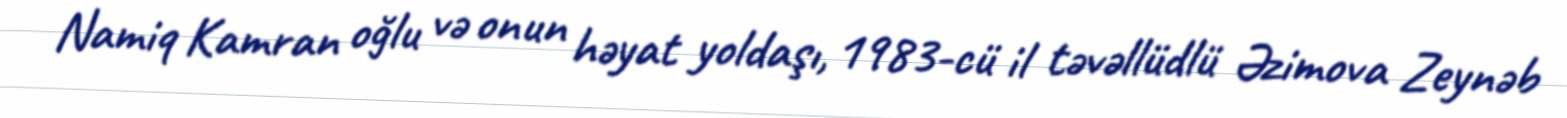
Namiq Kamran oğlu və onun həyat yoldaşı, 1983-cü il təvəllüdlü Əzimova Zeynəb